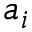
a _ { i }